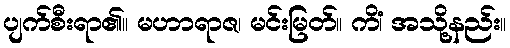
ပျက်စီးရာ၏။ မဟာရာဇ၊ မင်းမြတ်။ ကိံ၊ အသို့နည်း။